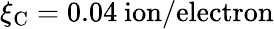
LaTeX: \xi_{\mathrm{C}}=0.04~\mathrm{ion/electron}